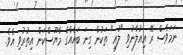
ނަމަވެސް ރޭ އިއުލާނުވި "ލުއި" ތަކުން ގިނަ ބައެއްގެ މާޔޫސްކަން އިތުރުވި އެވެ.